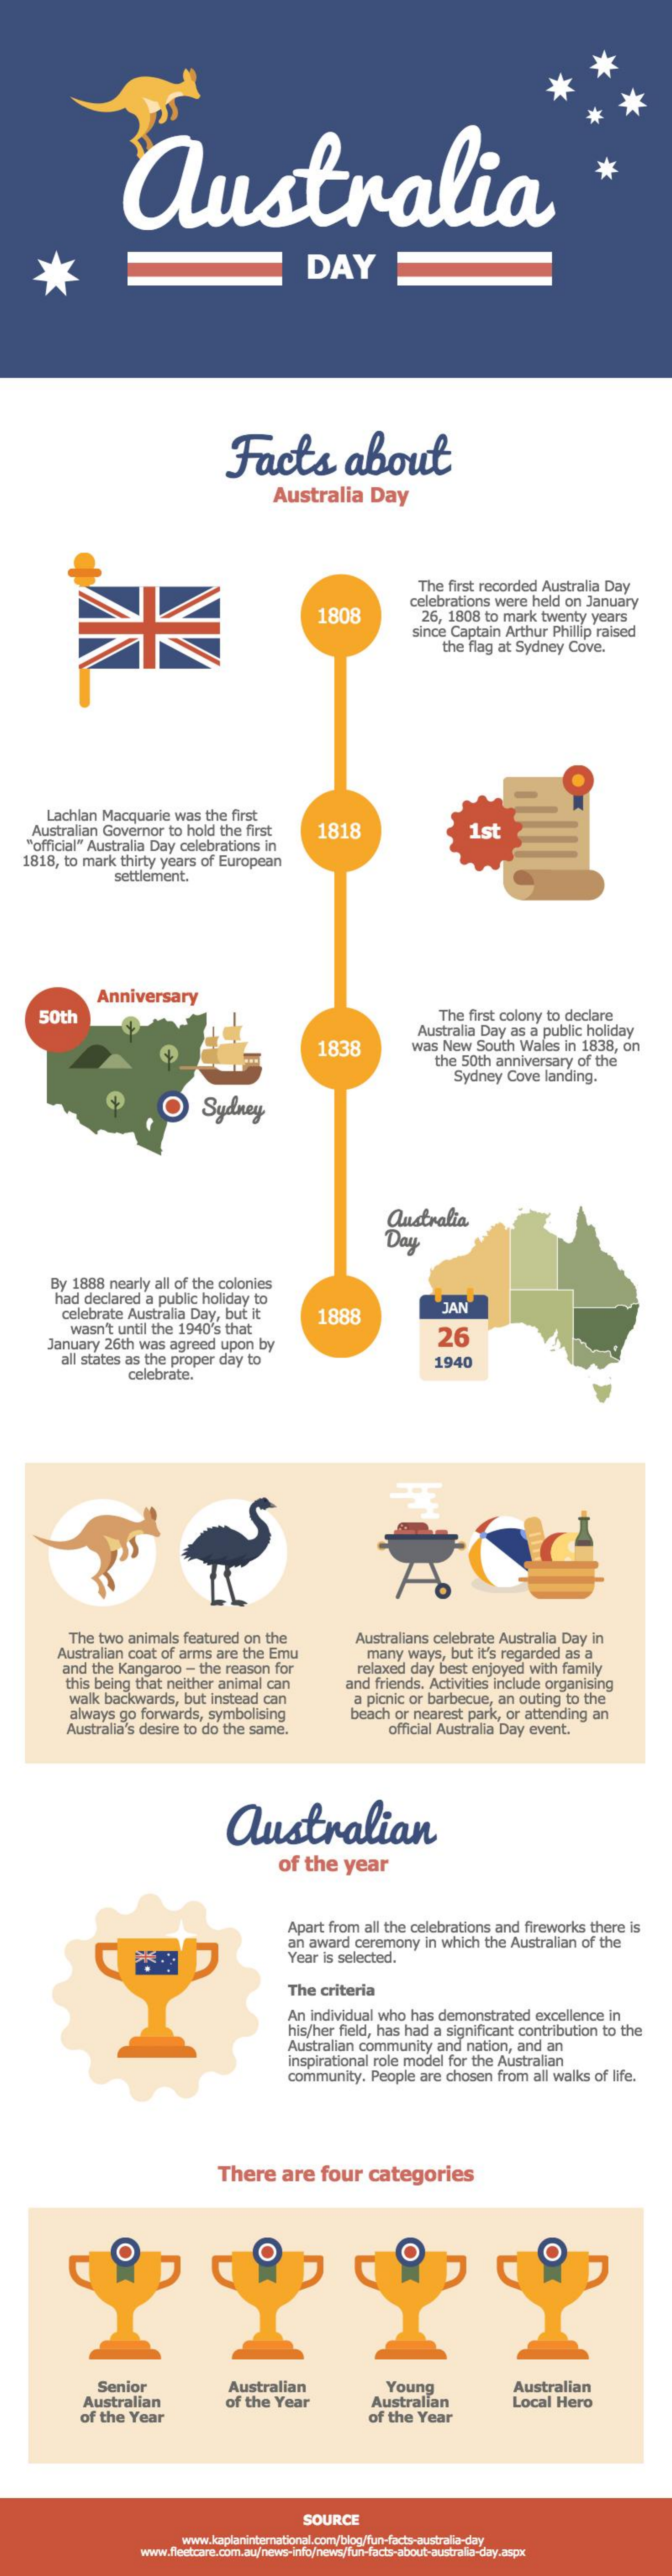
australia
     DAY
     Facts    about
     Australia    Day
     The  first recorded   Australia  Day
     1808
     celebrations  were   held  on  January
     26,  1808   to mark   twenty   years
     since Captain   Arthur   Phillip raised
     the  flag at Sydney    Cove.
     Lachlan   Macquarie    was  the  first
     Australian  Governor    to  hold  the first    1818
     "official" Australia  Day  celebrations    in
     1st
     1818, to  mark   thirty years  of European
     settlement.
     Anniversary
     50th    The   first colony  to declare
     1838
     Australia  Day  as  a public  holiday
     was  New   South   Wales   in 1838,   on
     the  50th  anniversary    of the
     Sydney   Cove   landing.
     Sydney
     australia
     Day
     By  1888   nearly  all of the colonies
     had  declared   a  public holiday   to
     celebrate   Australia  Day,   but  it    1888
     JAN
     wasn't  until the  1940's   that
     January   26th  was   agreed   upon   by
     26
     all states as  the  proper  day   to
     celebrate.
     1940
     The   two  animals   featured   on  the
     Australian  coat  of arms   are  the  Emu
     Australians  celebrate   Australia   Day  in
     and  the  Kangaroo    - the  reason   for
     many    ways,  but  it's regarded   as  a
     this being  that  neither  animal   can
     relaxed  day  best  enjoyed    with  family
     walk   backwards,    but  instead   can
     and  friends.  Activities include   organising
     always   go forwards,    symbolising
     a picnic  or barbecue,    an  outing  to  the
     Australia's  desire  to do  the  same.
     beach  or  nearest   park,  or attending   an
     official Australia Day   event.
     australian
     of  the    year
     Apart from   all the celebrations    and  fireworks   there  is
     an award   ceremony    in which   the Australian   of  the
     Year  is selected.
     The   criteria
     An  individual  who   has  demonstrated    excellence   in
     his/her field, has  had  a  significant  contribution   to  the
     Australian   community    and   nation,  and  an
     inspirational role  model   for the  Australian
     community.    People   are  chosen   from   all walks  of life.
     There    are    four    categories
     Senior
     Australian
     Australian
     of the   Year
     Young
     Australian
     Australian
     of the  Year    of the   Year
     Local   Hero
     SOURCE
     www.kaplaninternational.com/blog/fun-facts-australia-day
     www.ffectcare.com.au/news-info/news/fun-facts-about-australia-day.aspx